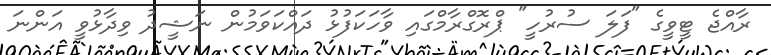
ރާއްޖެ ޓީވީގެ "ފަލަ ސުރުހީ" ޕްރޮގްރާމްގައި ވާހަކަފުޅު ދައްކަވަމުން ނަޝީދު ވިދާޅުވީ އަންނަ